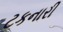
ટકનારી